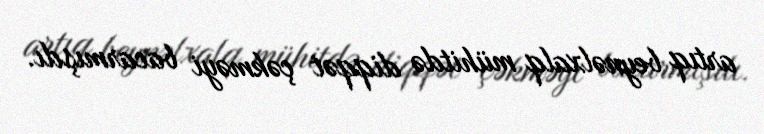
artıq beynəlxalq mühitdə diqqət çəkməyi bacarmışdı.